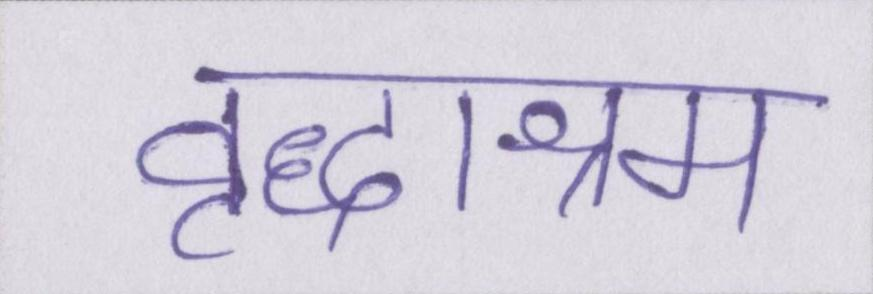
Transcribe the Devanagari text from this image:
वृद्धाश्रम